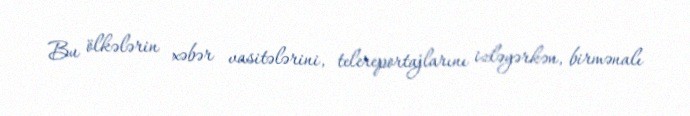
Bu ölkələrin xəbər vasitələrini, telereportajlarını izləyərkən, birmənalı